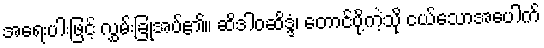
အရေးပါးဖြင့် လွှမ်းခြုံအပ်၏။ ဆိဒါဝဆိဒ္ဒံ၊ တောင်ပို့ကဲ့သို ငယ်သောအပေါက်